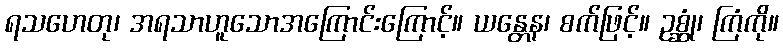
ရသဟေတု၊ အရသာဟူသောအကြောင်းကြောင့်။ ယန္တေန၊ စက်ဖြင့်။ ဥစ္ဆုံ၊ ကြံကို။